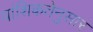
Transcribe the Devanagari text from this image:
वांशिकतेनुसार